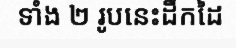
ទាំង ២ រូបនេះដឹកដៃ